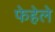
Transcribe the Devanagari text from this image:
फेहेले